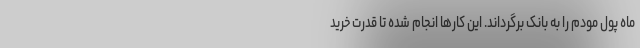
ماه پول مودم را به بانک برگرداند. این کارها انجام شده تا قدرت خرید